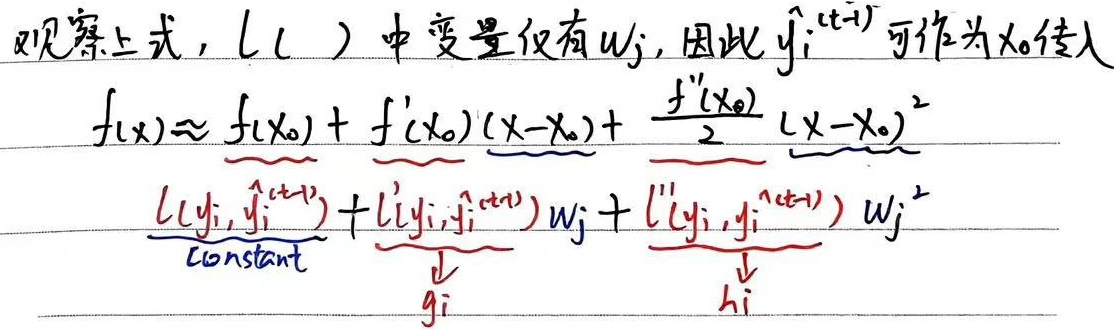
观察上式，\(l(\ )\)中变量仅有\(w_j\)，因此\(\hat{y}_i^{(t + 1)}\)可作为\(x_0\)传入。
\[f(x)\approx f(x_0)+f'(x_0)(x - x_0)+\frac{f''(x_0)}{2}(x - x_0)^2\]
\[
\underbrace{l(y_i,\hat{y}_i^{(t+1)})}_{\text{Constant}}+
\underbrace{l'(y_i,\hat{y}_i^{(t+1)})}_{g_i}w_j+
\underbrace{l''(y_i,\hat{y}_i^{(t+1)})}_{h_i}w_j^2
\]